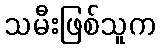
သမီးဖြစ်သူက